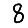
Digit: 8